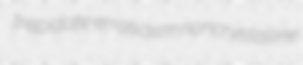
trepidate erraticism noncrystalline